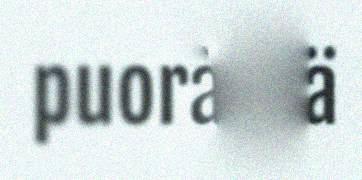
puoraf tä